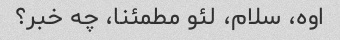
اوه، سلام، لئو مطمئنا، چه خبر؟